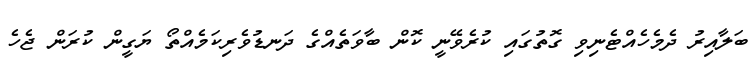
ބަލާއިރު ދެމެހެއްޓެނިވި ގޮތުގައި ކުރެވޭނީ ކޮން ބާވަތެއްގެ ދަނޑުވެރިކަމެއްތޯ ޔަގީން ކުރަން ޖެހެ